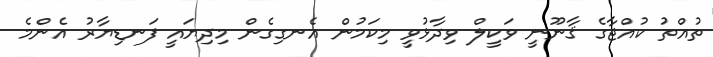
ތުއްތު ކުއްޖާގެ ޤާނޫނީ ވަކީލް ވިދާޅުވީ މިކަމުން އެނގިގެން މިދިޔައީ ފަނޑިޔާރު އެންމެ